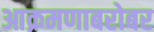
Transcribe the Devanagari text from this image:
आक्रमणाबरोबर